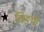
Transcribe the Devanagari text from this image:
चिङथो